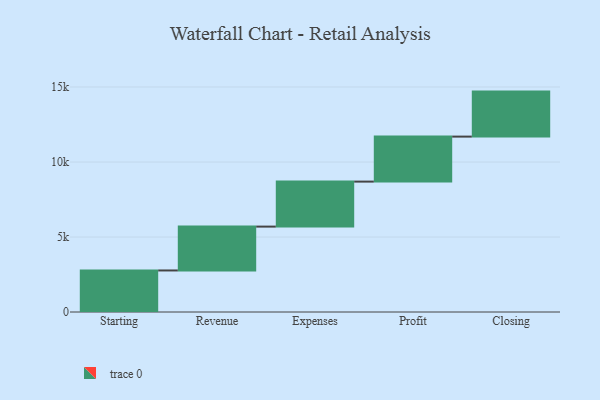
{"axis": {"x": "Step", "y": "Value"}, "legend": [""], "data": [{"x": "Starting", "y": 2769.0, "type": ""}, {"x": "Revenue", "y": 2924.0, "type": ""}, {"x": "Expenses", "y": 3000, "type": ""}, {"x": "Profit", "y": 3000, "type": ""}, {"x": "Closing", "y": 3000, "type": ""}]}